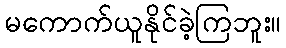
မကောက်ယူနိုင်ခဲ့ကြဘူး။